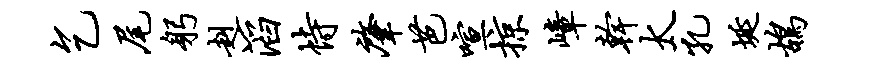
乞尾躬赳滔恃肇芭喧掠嶂干太孔埏鸪